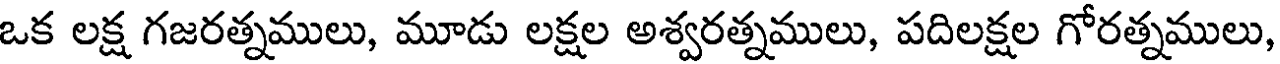
ఒక లక్ష గజరత్నములు, మూడు లక్షల అశ్వరత్నములు, పదిలక్షల గోరత్నములు,